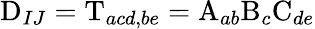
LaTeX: \mathrm{D}_{IJ}=\mathrm{T}_{acd,be}=\mathrm{A}_{ab}\mathrm{B}_{c}\mathrm{C}_{de}